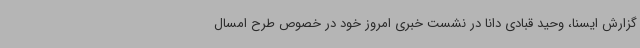
گزارش ایسنا، وحید قبادی دانا در نشست خبری امروز خود در خصوص طرح امسال